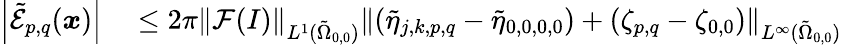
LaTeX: \begin{array}{rl}{\left\vert\tilde{\mathcal{E}}_{p,q}(\boldsymbol{x})\right\vert}&{{}\leq 2\pi\left\| \mathcal{F}(I)\right\| _{L^{1}(\tilde{\Omega}_{0,0})}\left\| (\tilde{\eta}_{j,k,p,q}-\tilde{\eta}_{0,0,0,0})+(\zeta_{p,q}-\zeta_{0,0})\right\| _{L^{\infty}(\tilde{\Omega}_{0,0})}}\end{array}